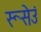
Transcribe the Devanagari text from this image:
रूसेउं